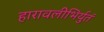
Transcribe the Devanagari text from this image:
हारावलीभिर्युतं